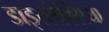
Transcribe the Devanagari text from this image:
डाइस्लेक्सिया